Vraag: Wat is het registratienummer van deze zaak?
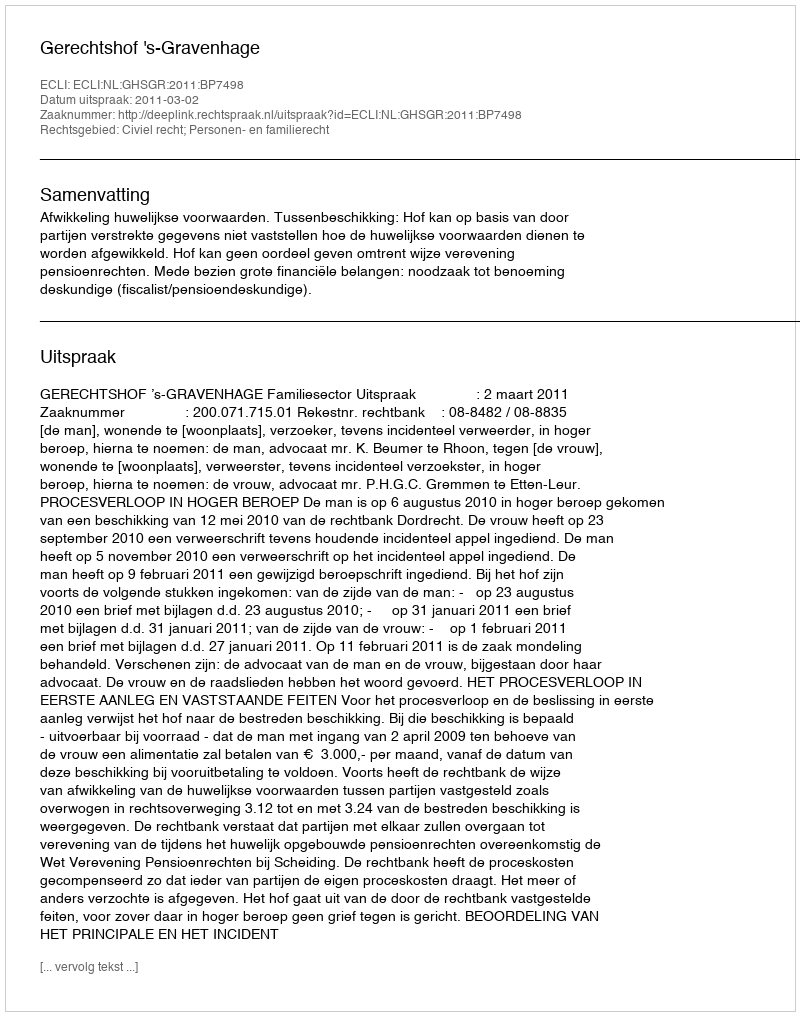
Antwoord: http://deeplink.rechtspraak.nl/uitspraak?id=ECLI:NL:GHSGR:2011:BP7498